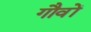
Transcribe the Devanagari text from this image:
गौवों